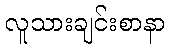
လူသားချင်းစာနာ